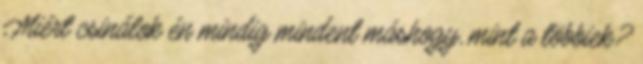
Miért csinálok én mindig mindent máshogy, mint a többiek?